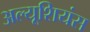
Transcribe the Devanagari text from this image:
अल्यूशियंस